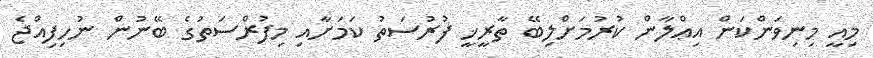
މިއީ މިނިވަންކަން އިޢްލާން ކުރުމަށްލިބޭ ތާރީޚީ ފުރުސަތު ކަމަށާއި މިފުރްސަތުގެ ބޭނުން ނުހިފިއްޖެ